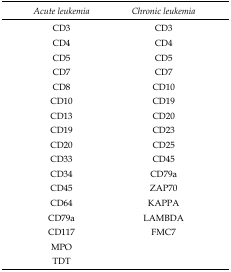
| Acute leukemia | Chronic leukemia |
 | --- | --- |
 | CD3 | CD3 |
 | CD4 | CD4 |
 | CD5 | CD5 |
 | CD7 | CD7 |
 | CD8 | CD10 |
 | CD10 | CD19 |
 | CD13 | CD20 |
 | CD19 | CD23 |
 | CD20 | CD25 |
 | CD33 | CD45 |
 | CD34 | CD79a |
 | CD45 | ZAP70 |
 | CD64 | KAPPA |
 | CD79a | LAMBDA |
 | CD117 | FMC7 |
 | MPO |  |
 | TDT |  |